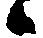
候